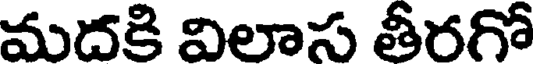
మదకి విలాస తీరగో